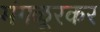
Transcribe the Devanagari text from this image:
मंगळूरकर